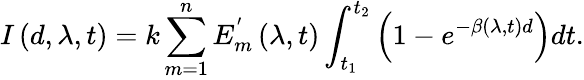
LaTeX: I\left(d,\lambda,t\right)=k\sum_{m=1}^{n}E_{m}^{^{\prime}}\left(\lambda,t\right)\int_{t_{1}}^{t_{2}}\left(1-e^{-\beta\left(\lambda,t\right)d}\right)dt.